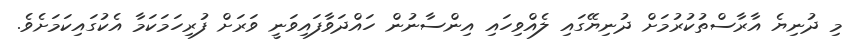
މި ދުނިޔެ އާރާސްތުކުރުމަށް ދުނިޔޭގައި ލެއްވިހައި އިންސާނުން ހައްދަވާފައިވަނީ ވަރަށް ފުރިހަމަކަމާ އެކުގައިކަމަށެވެ.